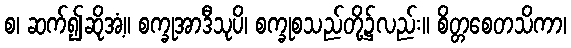
စ၊ ဆက်၍ဆိုအံ့။ စက္ခုအာဒီသုပိ၊ စက္ခုစသည်တို့၌လည်း။ စိတ္တစေတသိကာ၊